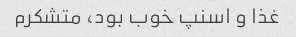
غذا و اسنپ خوب بود، متشکرم